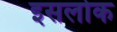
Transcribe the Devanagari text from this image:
इसलोक